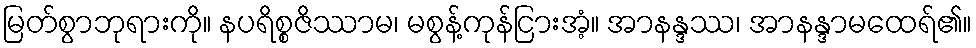
မြတ်စွာဘုရားကို။ နပရိစ္စဇိဿာမ၊ မစွန့်ကုန်ငြားအံ့။ အာနန္ဒဿ၊ အာနန္ဒာမထေရ်၏။